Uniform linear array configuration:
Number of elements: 48
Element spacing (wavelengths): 0.75
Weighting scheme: hann
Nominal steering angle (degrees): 30
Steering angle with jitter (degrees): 30.705
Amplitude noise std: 0.05
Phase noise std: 0.05

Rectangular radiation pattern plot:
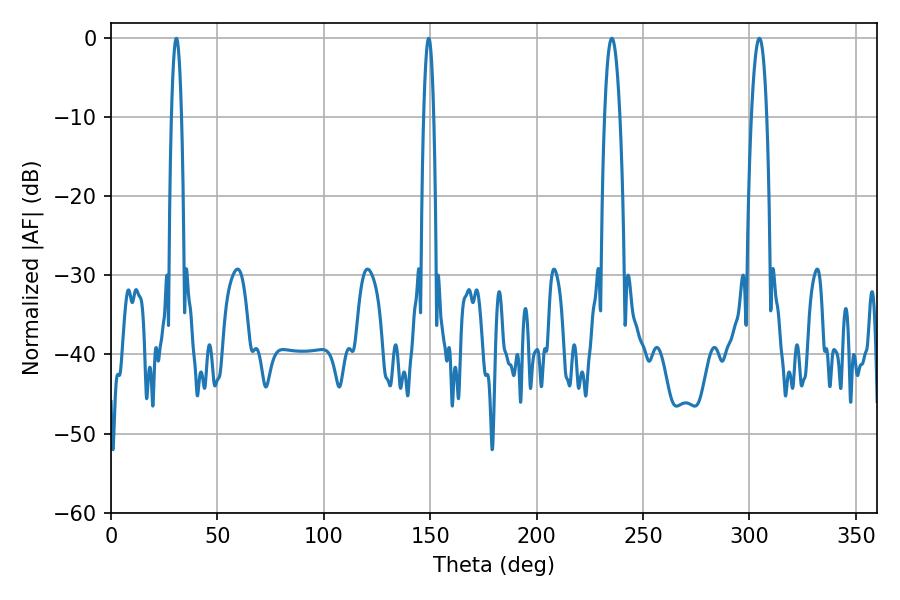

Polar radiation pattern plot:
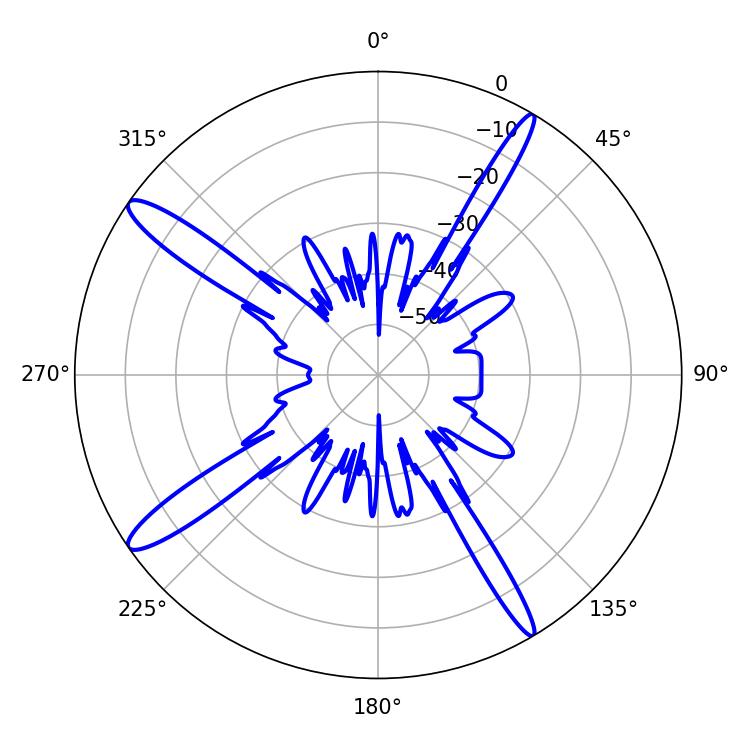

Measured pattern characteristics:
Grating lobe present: TRUE
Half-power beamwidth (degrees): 3.96
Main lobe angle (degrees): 235.26